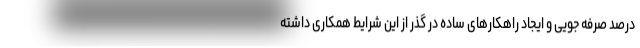
درصد صرفه جویی و ایجاد راهکارهای ساده در گذر از این شرایط همکاری داشته